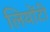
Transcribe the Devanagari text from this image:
लियोंटी